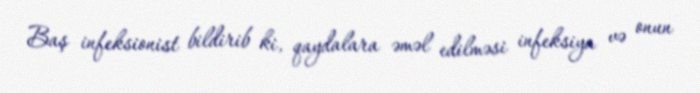
Baş infeksionist bildirib ki, qaydalara əməl edilməsi infeksiya və onun